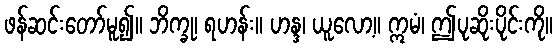
ဖန်ဆင်းတော်မူ၍။ ဘိက္ခု၊ ရဟန်း။ ဟန္ဒ၊ ယူလော့။ ဣမံ၊ ဤပုဆိုးပိုင်းကို။